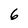
Character: 6